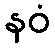
နဝံ